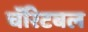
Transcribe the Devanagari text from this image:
चॅरिटबल